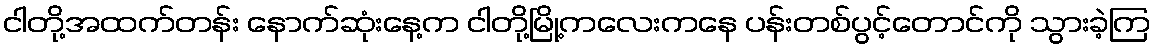
ငါတို့အထက်တန်း နောက်ဆုံးနေ့က ငါတို့မြို့ကလေးကနေ ပန်းတစ်ပွင့်တောင်ကို သွားခဲ့ကြ